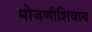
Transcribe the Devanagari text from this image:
मोजणीशिवाय